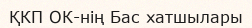
ҚКП ОК-нің Бас хатшылары